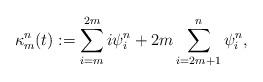
LaTeX: \begin{align*}\kappa^{n}_m(t) :=\sum_{i=m}^{2m} i\psi^{n}_i+2m\sum_{i=2m+1}^{n}\psi^{n}_i,\end{align*}